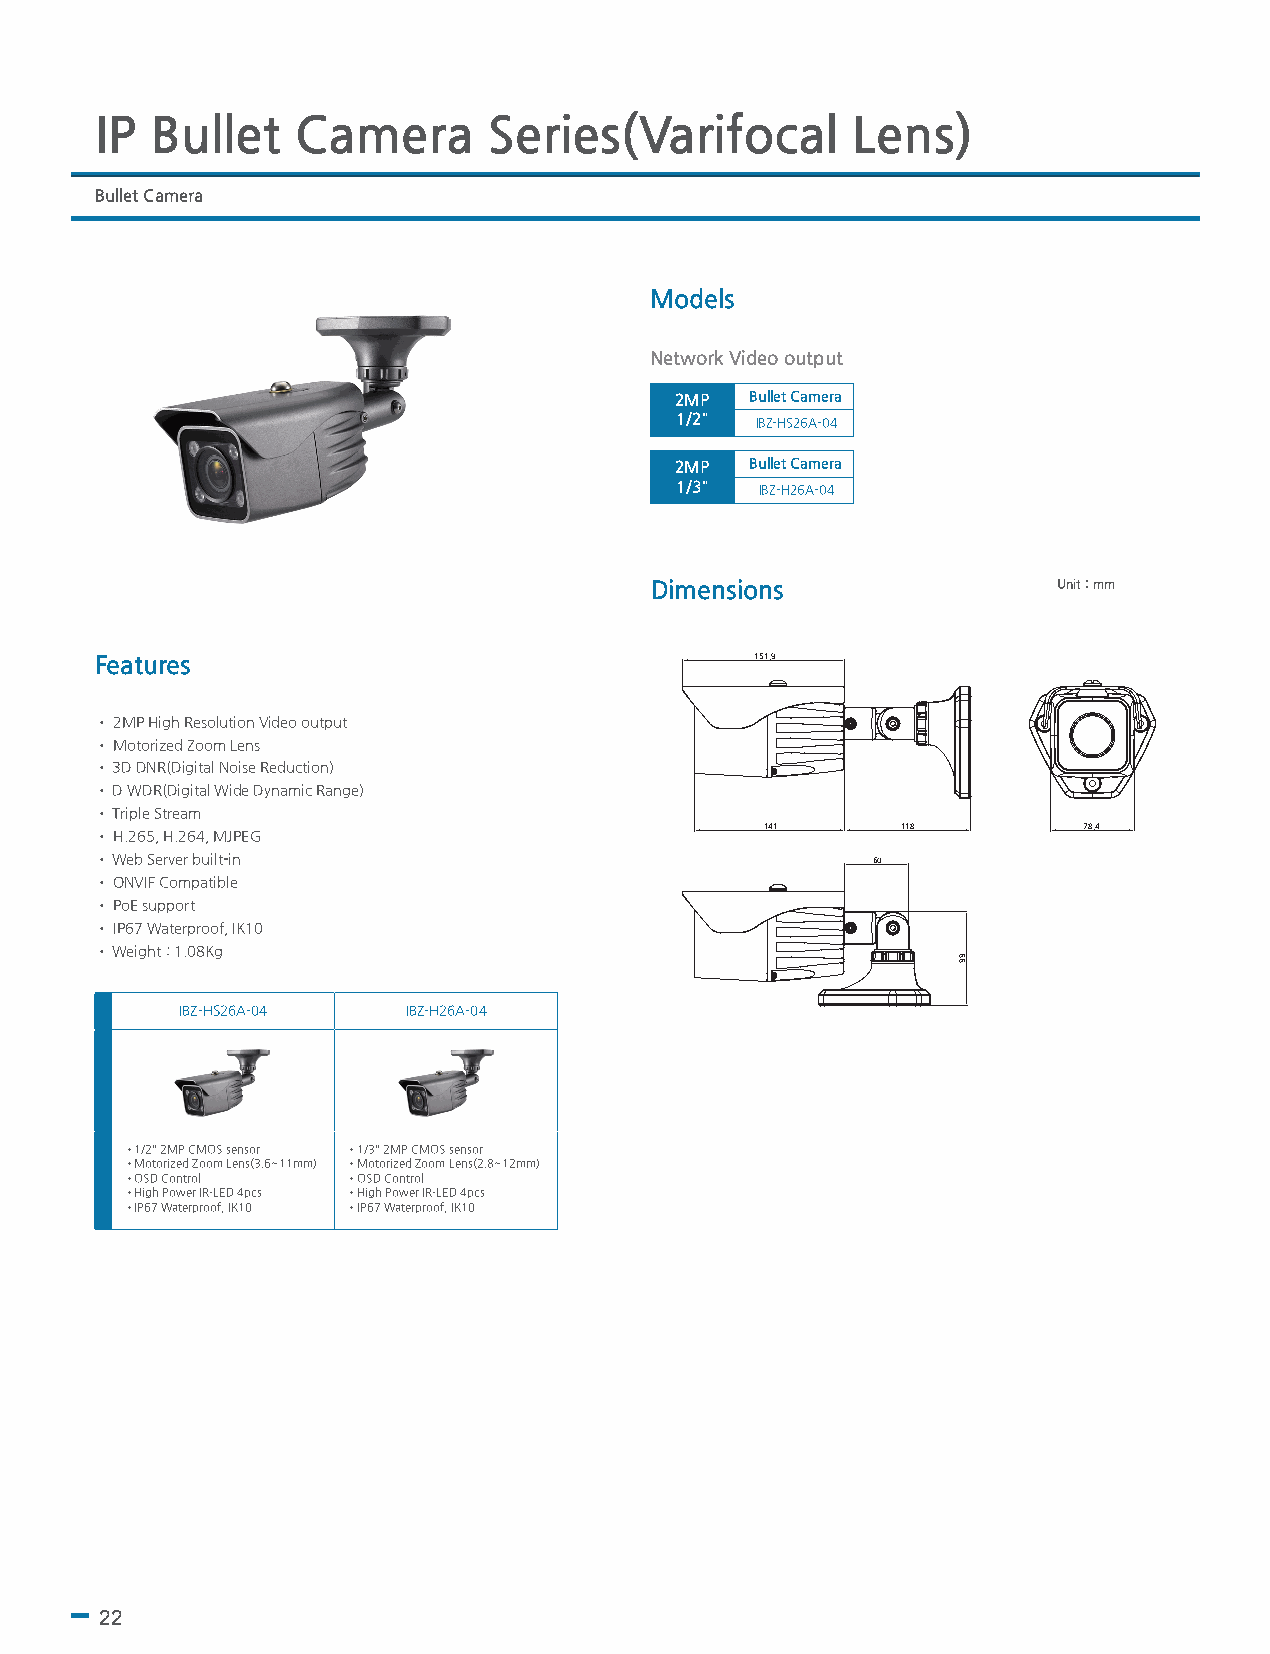
IP  Bullet   Camera       Series(Varifocal        Lens)
 Bullet Camera
 Models
 Network Video output
 2MP  Bullet Camera
 1/2" IBZ-HS26A-04
 2MP  Bullet Camera
 1/3" IBZ-H26A-04
 Dimensions                 Unit : mm
 Features                                    151.9
 • 2MP High Resolution Video output
 • Motorized Zoom Lens
 • 3D DNR(Digital Noise Reduction)
 • D WDR(Digital Wide Dynamic Range)
 • Triple Stream
 141      118         78.4
 • H.265, H.264, MJPEG
 • Web Server built-in                               60
 • ONVIF Compatible
 • PoE support
 • IP67 Waterproof, IK10
 • Weight : 1.08Kg
 IBZ-HS26A-04   IBZ-H26A-04
 •1/2" 2MP CMOS sensor •1/3" 2MP CMOS sensor
 •Motorized Zoom Lens(3.6~11mm) •Motorized Zoom Lens(2.8~12mm)
 •OSD Control   •OSD Control
 •High Power IR-LED 4pcs •High Power IR-LED 4pcs
 •IP67 Waterproof, IK10 •IP67 Waterproof, IK10
 22
 88